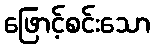
ဖြောင့်စင်းသော